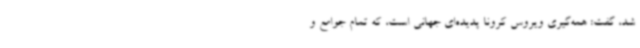
شد، گفت: همه‌گیری ویروس کرونا پدیده‌ای جهانی است، که تمام جوامع و